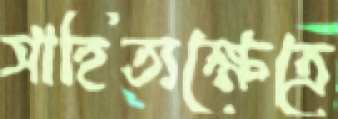
সাহিত্যক্ষেত্রে